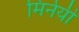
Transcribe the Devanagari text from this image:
मिर्नयी